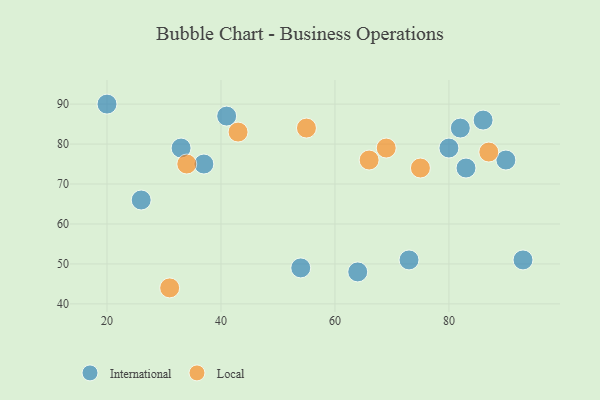
{"axis": {"x": "GDP", "y": "Life Expectancy"}, "legend": ["International", "Local"], "data": [{"x": "33", "y": 79, "type": "International"}, {"x": "64", "y": 48, "type": "International"}, {"x": "26", "y": 66, "type": "International"}, {"x": "20", "y": 90, "type": "International"}, {"x": "86", "y": 86, "type": "International"}, {"x": "83", "y": 74, "type": "International"}, {"x": "80", "y": 79, "type": "International"}, {"x": "90", "y": 76, "type": "International"}, {"x": "41", "y": 87, "type": "International"}, {"x": "93", "y": 51, "type": "International"}, {"x": "82", "y": 84, "type": "International"}, {"x": "73", "y": 51, "type": "International"}, {"x": "54", "y": 49, "type": "International"}, {"x": "37", "y": 75, "type": "International"}, {"x": "34", "y": 75, "type": "Local"}, {"x": "87", "y": 78, "type": "Local"}, {"x": "55", "y": 84, "type": "Local"}, {"x": "69", "y": 79, "type": "Local"}, {"x": "43", "y": 83, "type": "Local"}, {"x": "75", "y": 74, "type": "Local"}, {"x": "66", "y": 76, "type": "Local"}, {"x": "31", "y": 44, "type": "Local"}]}